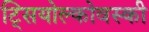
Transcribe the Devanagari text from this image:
ट्सियोल्कोवस्की